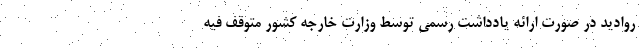
روادید در صورت ارائه یادداشت رسمی توسط وزارت خارجه کشور متوقف فیه